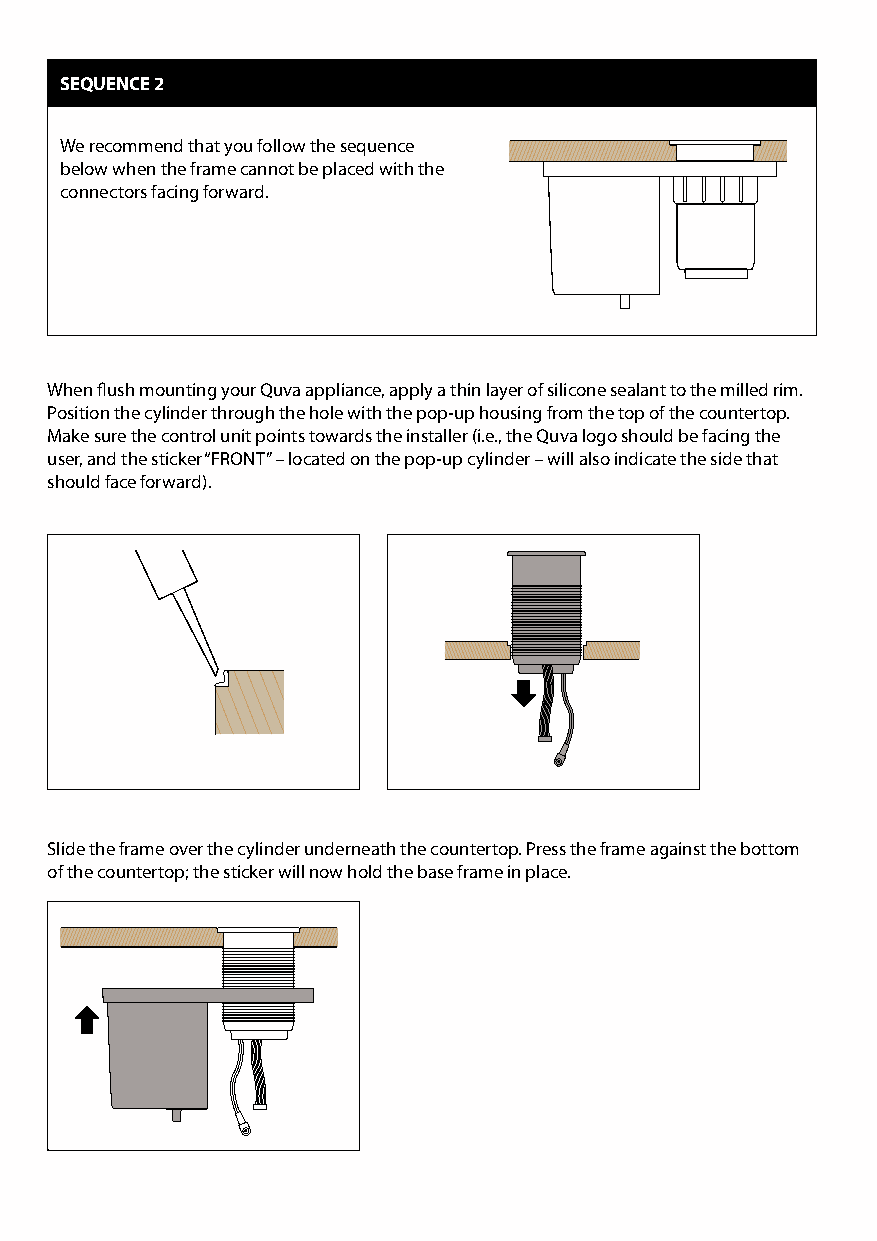
SEQUENCE 2
 We recommend that you follow the sequence
 below when the frame cannot be placed with the
 connectors facing forward.
 When flush mounting your Quva appliance, apply a thin layer of silicone sealant to the milled rim.
 Position the cylinder through the hole with the pop-up housing from the top of the countertop.
 Make sure the control unit points towards the installer (i.e., the Quva logo should be facing the
 user, and the sticker “FRONT” – located on the pop-up cylinder – will also indicate the side that
 should face forward).
 Slide the frame over the cylinder underneath the countertop. Press the frame against the bottom
 of the countertop; the sticker will now hold the base frame in place.